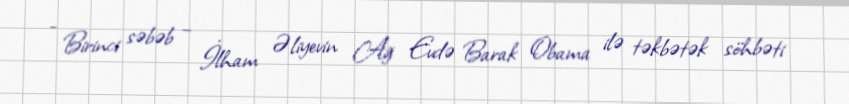
- Birinci səbəb – İlham Əliyevin Ağ Evdə Barak Obama ilə təkbətək söhbəti